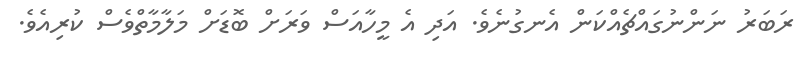
ރަބަރު ނަންނުގައްޗެއްކަން އެނގުނެވެ. އަދި އެ މީހާއަސް ވަރަށް ބޮޑަށް މަލާމާތްވެސް ކުރިއެވެ.